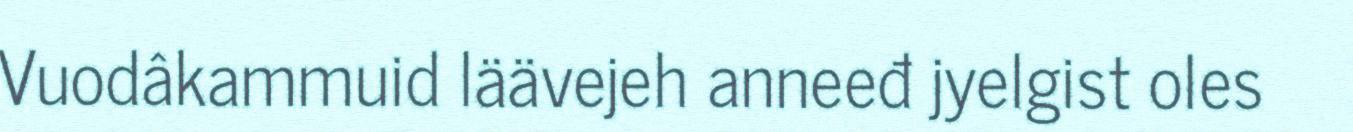
Vuodâkammuid läävejeh anneeđ jyelgist oles